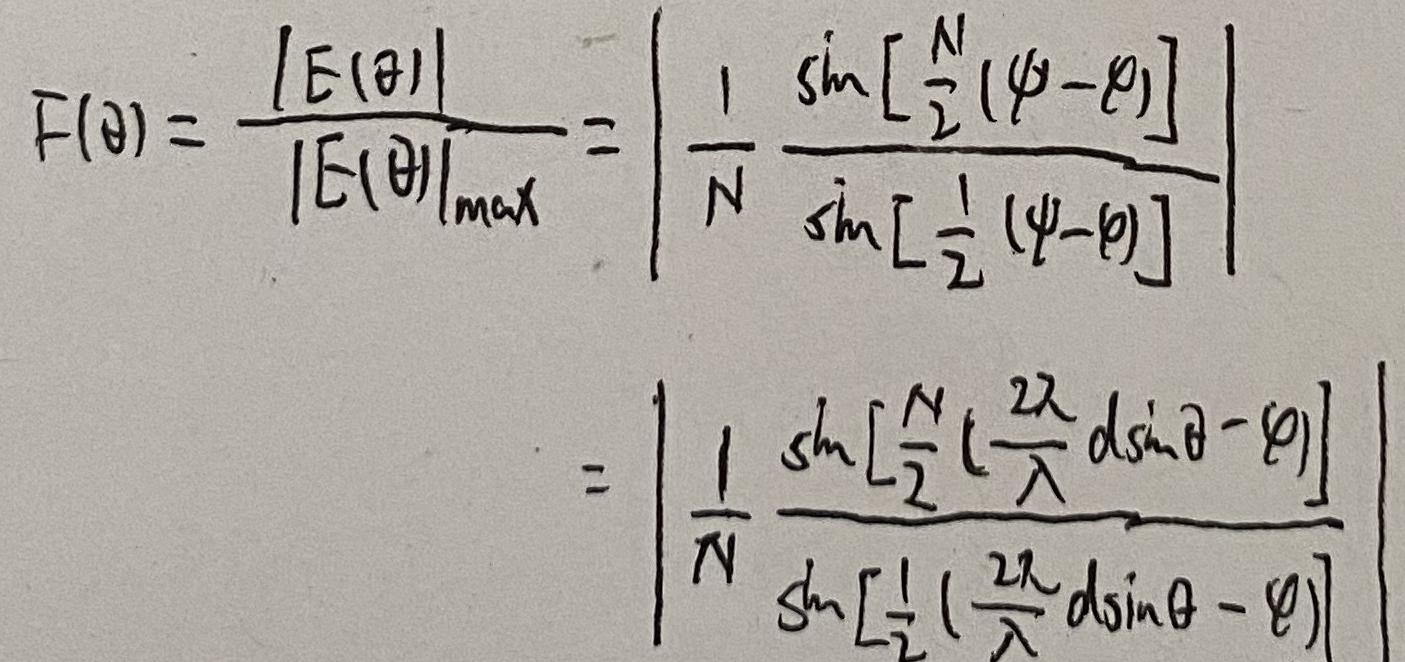
\[
F(\theta)=\frac{|E(\theta)|}{|E(\theta)|_{\max}}=\left|\frac{1}{N}\frac{\sin\left[\frac{N}{2}(\psi - \theta)\right]}{\sin\left[\frac{1}{2}(\psi - \theta)\right]}\right|=\left|\frac{1}{N}\frac{\sin\left[\frac{N}{2}\left(\frac{2\pi}{\lambda}d\sin\theta - \theta\right)\right]}{\sin\left[\frac{1}{2}\left(\frac{2\pi}{\lambda}d\sin\theta - \theta\right)\right]}\right|
\]